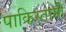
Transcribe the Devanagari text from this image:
पाकिस्तामी